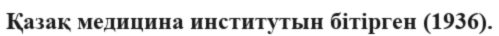
Қазақ медицина институтын бітірген (1936).